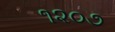
૧૨૦૭